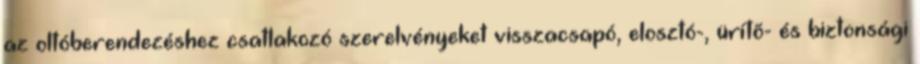
az oltóberendezéshez csatlakozó szerelvényeket visszacsapó, elosztó-, ürítõ- és biztonsági